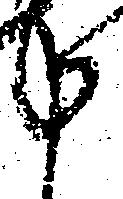
申